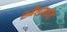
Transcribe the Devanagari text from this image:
समैलांपर्यंत